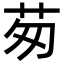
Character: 茐